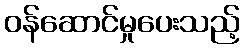
ဝန်ဆောင်မှုပေးသည့်